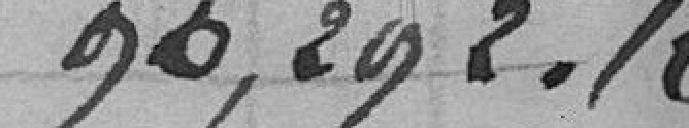
96.292,10